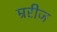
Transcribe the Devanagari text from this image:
म्ररीज़